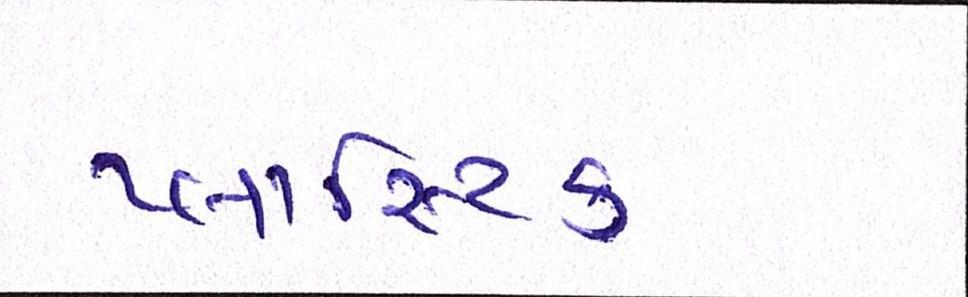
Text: પ્લાસ્ટિક